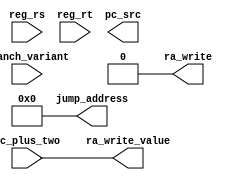


module jump_unit(pc_plus_two, 
		reg_rs, reg_rt, branch_variant, jump_address, pc_src, 
		ra_write, ra_write_value);
	
	// The current PC, used for jump and link.
	input wire [15:0] pc_plus_two;


	
	
	// The current register values.
	input wire [15:0] reg_rs;
	input wire [15:0] reg_rt;

	// The specific kind of jump variant.
	input wire [2:0] branch_variant;
	
	// The actual jump address.
	output reg [15:0] jump_address;

	// Whether the PC should jump address. 1 = should jump.
	output reg pc_src;



	// This is 1 if ra_write_value should be stored to the ra register.
	output wire ra_write;

	// This is the value to write to the ra register, if needed.
	output wire [15:0] ra_write_value;

	initial
    begin
        pc_src = 0;
        jump_address = 0;
    end
	// This is the register containing the value to jump to if the
	// instruction is JUMP_REG.
	wire [15:0] jump_reg_address;

	assign jump_reg_address = reg_rs;

	
	assign ra_write = (branch_variant == 4'b1011);

	assign ra_write_value = pc_plus_two;
    
    // Determine pc_src.
	always @(*) begin
		case (branch_variant)
			
			4'b1010: pc_src <= 1'b1;
			
			4'b1010: pc_src <= (reg_rs != reg_rt);
			

			default: pc_src <= 1'bx;
		endcase
	end
endmodule